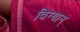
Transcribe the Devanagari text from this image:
विग्यान्